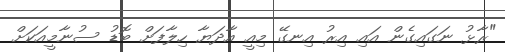
"ރާޅު ނަގައިގެން އައި އިރު އިނގޭ މިއީ އާދަޔާ ހިލާފަށް ބޮޑު ސުނާމީއަކަށް